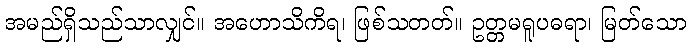
အမည်ရှိသည်သာလျှင်။ အဟောသိကိရ၊ ဖြစ်သတတ်။ ဥတ္တမရူပဓရာ၊ မြတ်သော